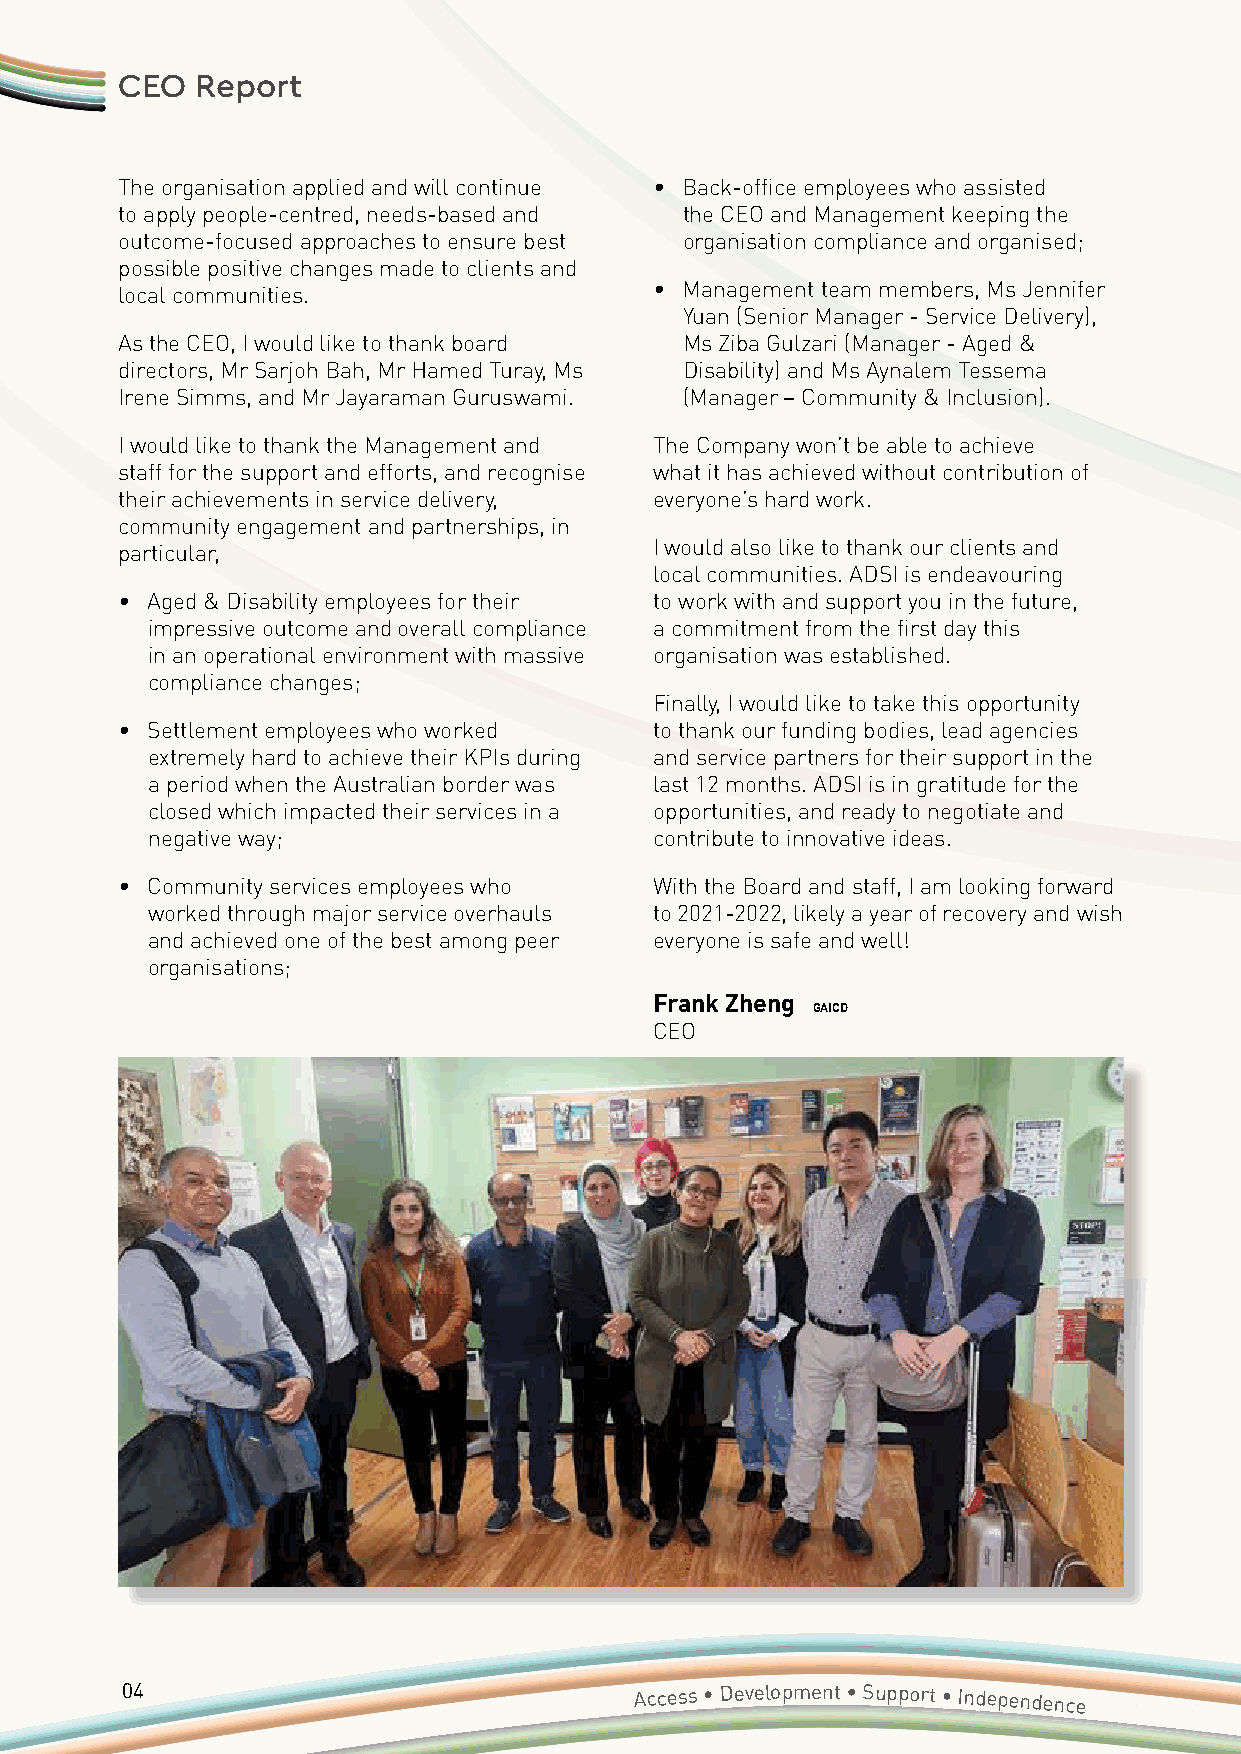
CEO  Report
 The organisation applied and will continue • Back-office employees who assisted
 to apply people-centred, needs-based and the CEO and Management keeping the
 outcome-focused approaches to ensure best organisation compliance and organised;
 possible positive changes made to clients and
 • Management team members, Ms Jennifer
 local communities.
 Yuan (Senior Manager - Service Delivery),
 As the CEO, I would like to thank board Ms Ziba Gulzari (Manager - Aged &
 directors, Mr Sarjoh Bah, Mr Hamed Turay, Ms Disability) and Ms Aynalem Tessema
 Irene Simms, and Mr Jayaraman Guruswami. (Manager – Community & Inclusion).
 I would like to thank the Management and The Company won’t be able to achieve
 staff for the support and efforts, and recognise what it has achieved without contribution of
 their achievements in service delivery, everyone’s hard work.
 community engagement and partnerships, in
 I would also like to thank our clients and
 particular,
 local communities. ADSI is endeavouring
 • Aged & Disability employees for their to work with and support you in the future,
 impressive outcome and overall compliance a commitment from the first day this
 in an operational environment with massive organisation was established.
 compliance changes;
 Finally, I would like to take this opportunity
 • Settlement employees who worked  to thank our funding bodies, lead agencies
 extremely hard to achieve their KPIs during and service partners for their support in the
 a period when the Australian border was last 12 months. ADSI is in gratitude for the
 closed which impacted their services in a opportunities, and ready to negotiate and
 negative way;                    contribute to innovative ideas.
 • Community services employees who With the Board and staff, I am looking forward
 worked through major service overhauls to 2021-2022, likely a year of recovery and wish
 and achieved one of the best among peer everyone is safe and well!
 organisations;
 Frank Zheng
 GAICD
 CEO
 04                                Access • Development • Support • Independence
 Annual
 Report 2020/2021 • Accessible Diversity Services Initiative
 Limited